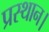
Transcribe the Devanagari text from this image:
प्रस्‍थान।